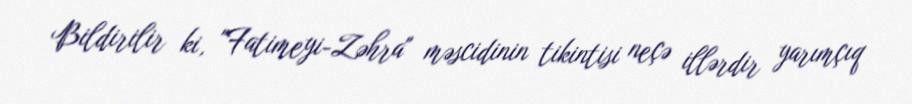
Bildirilir ki, "Fatimeyi-Zəhra" məscidinin tikintisi neçə illərdir yarımçıq